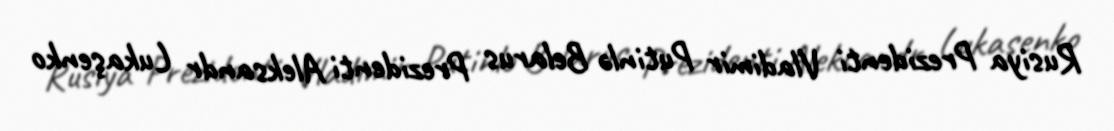
Rusiya Prezidenti Vladimir Putinlə Belarus Prezidenti Aleksandr Lukaşenko